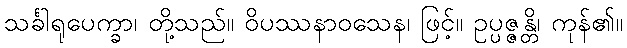
သင်္ခါရုပေက္ခာ၊ တို့သည်။ ဝိပဿနာဝသေန၊ ဖြင့်။ ဥပ္ပဇ္ဇန္တိ၊ ကုန်၏။